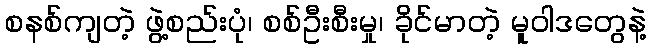
စနစ်ကျတဲ့ ဖွဲ့စည်းပုံ၊ စစ်ဦးစီးမှု၊ ခိုင်မာတဲ့ မူဝါဒတွေနဲ့